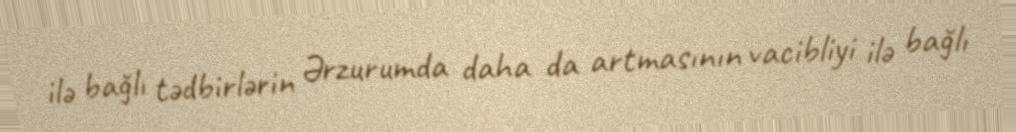
ilə bağlı tədbirlərin Ərzurumda daha da artmasının vacibliyi ilə bağlı